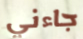
جاءني